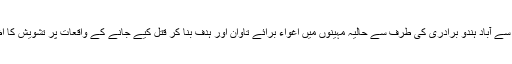
بلوچستان میں صدیوں سے آباد ہندو برادری کی طرف سے حالیہ مہینوں میں اغواء برائے تاوان اور ہدف بنا کر قتل کیے جانے کے واقعات پر تشویش کا اظہار کیا جاتا رہا ہے۔